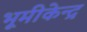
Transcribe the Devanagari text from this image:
भूमीकेन्द्र